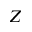
Z